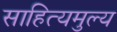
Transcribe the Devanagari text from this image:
साहित्यमुल्य